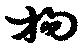
拘